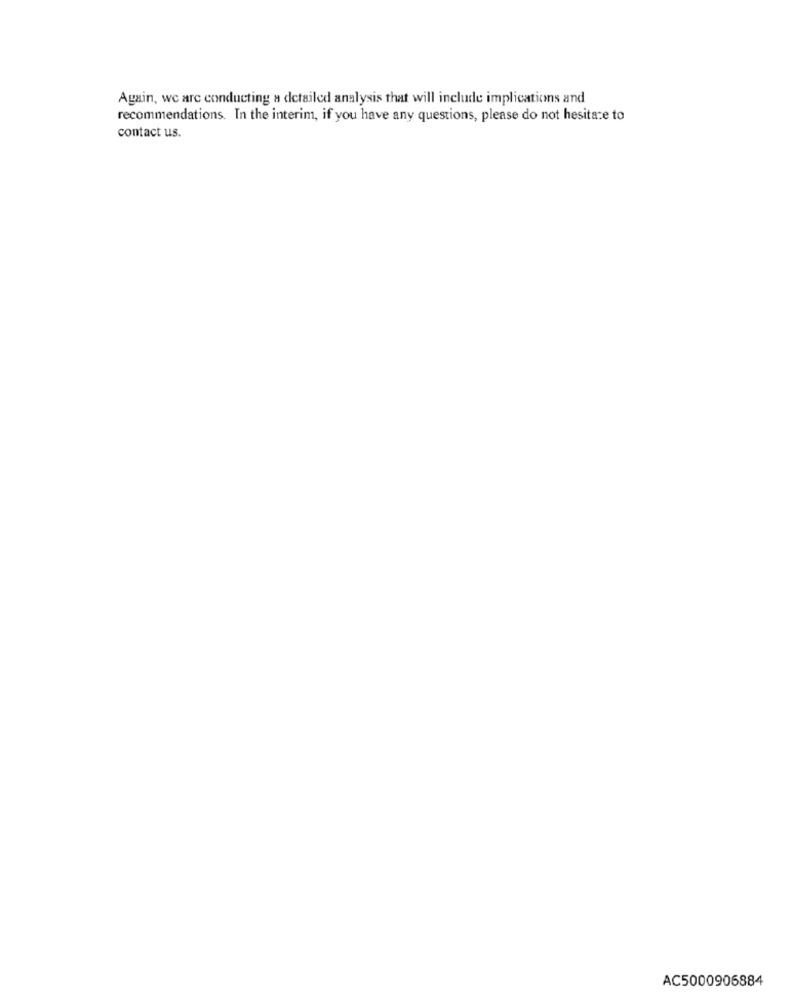
Again, we are conducting a detailed analysis that will include implications and
recommendations. In the interim, if you have any questions, please do not hesitate to
contact us.
AC5000906884